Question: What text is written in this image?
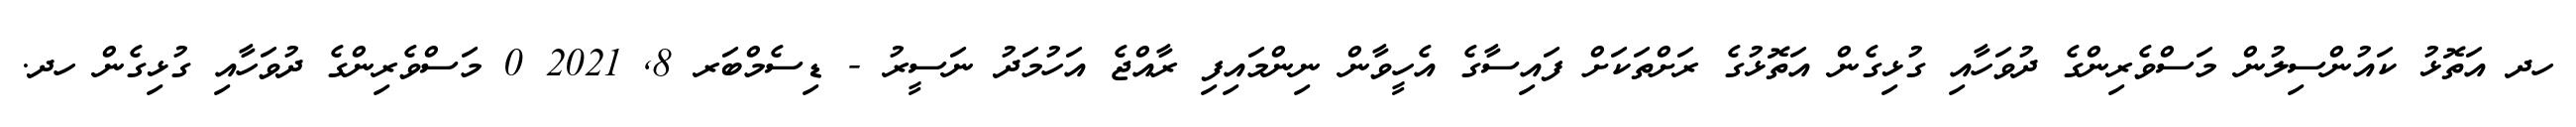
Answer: ހދ އަތޮޅު ކައުންސިލުން މަސްވެރިންގެ ދުވަހާއި ގުޅިގެން އަތޮޅުގެ ރަށްތަކަށް ފައިސާގެ އެހީވާން ނިންމައިފި ރާއްޖެ އަހުމަދު ނަސީރު - ޑިސެމްބަރ 8, 2021 0 މަސްވެރިންގެ ދުވަހާއި ގުޅިގެން ހދ.